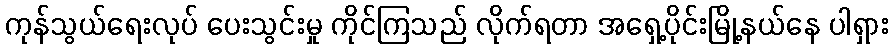
ကုန်သွယ်ရေးလုပ် ပေးသွင်းမှု ကိုင်ကြသည် လိုက်ရတာ အရှေ့ပိုင်းမြို့နယ်နေ ပါရှား